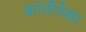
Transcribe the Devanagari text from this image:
क्रांतीपेक्षा